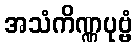
အသံကိဏ္ဏပုဗ္ဗံ